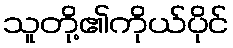
သူတို့၏ကိုယ်ပိုင်